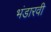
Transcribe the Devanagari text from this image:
भंडारवी